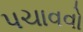
પચાવવો